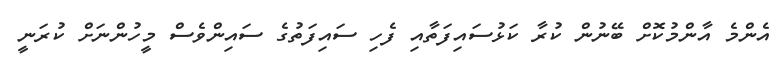
އެންމެ އާންމުކޮށް ބޭނުން ކުރާ ކަޅުސައިފަތާއި ފެހި ސައިފަތުގެ ސައިންވެސް މީހުންނަށް ކުރަނީ